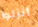
أنزلوا